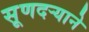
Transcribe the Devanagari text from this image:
सूणदर्‍याने